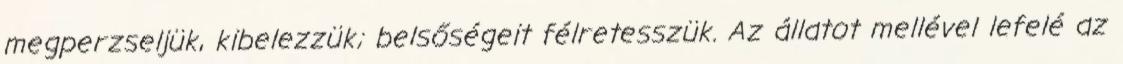
megperzseljük, kibelezzük; belsőségeit félretesszük. Az állatot mellével lefelé az